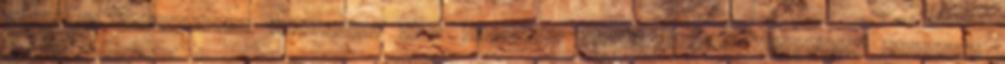
össze is kapcsolhatók egymással, vagy felváltva alkalmazhatók: Meditációs tartásban